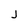
Character: j